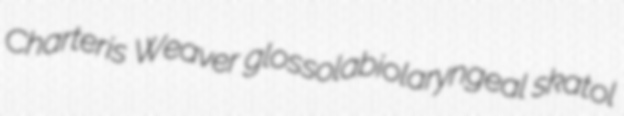
Charteris Weaver glossolabiolaryngeal skatol